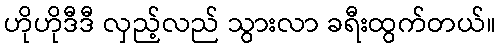
ဟိုဟိုဒီဒီ လှည့်လည် သွားလာ ခရီးထွက်တယ်။